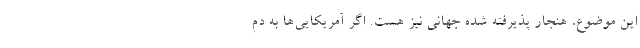
این موضوع، هنجار پذیرفته شده جهانی نیز هست. اگر آمریکایی‌ها به دم